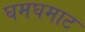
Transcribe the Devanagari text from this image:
घमघमाट